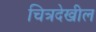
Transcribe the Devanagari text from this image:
चित्रदेखील